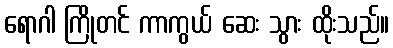
ရောဂါ ကြိုတင် ကာကွယ် ဆေး သွား ထိုးသည်။